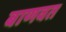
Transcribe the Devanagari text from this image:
बाणवत